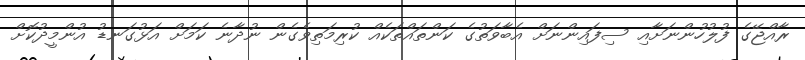
ރާއްޖޭގެ ފުލުހުންނަށާއި ސިފައިންނަށް އެބާވަތުގެ ކަންތައްތަކެއް ކުރިމަތިވެގެން ނުދާނެ ކަމަށް އަޅުގަނޑު އުންމީދުކޮށް